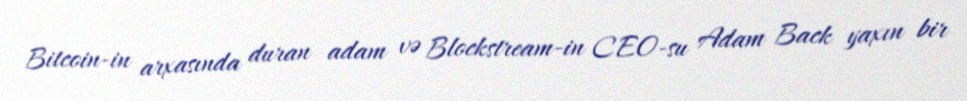
Bitcoin-in arxasında duran adam və Blockstream-in CEO-su Adam Back yaxın bir